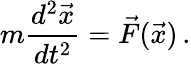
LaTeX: m\frac{d^{2}\vec{x}}{dt^{2}}=\vec{F}(\vec{x})\, .